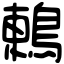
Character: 鶇